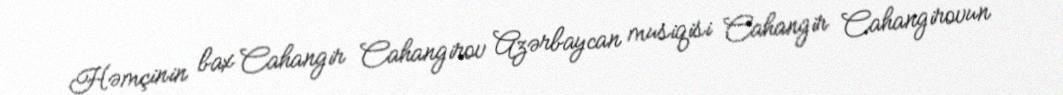
Həmçinin bax Cahangir Cahangirov Azərbaycan musiqisi Cahangir Cahangirovun